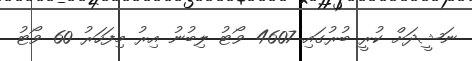
ނަޝީދަށް ކުރީ ބުރުގައި 4607 ވޯޓު ލިބުނު އިރު މިފަހަރު 60 ވޯޓު